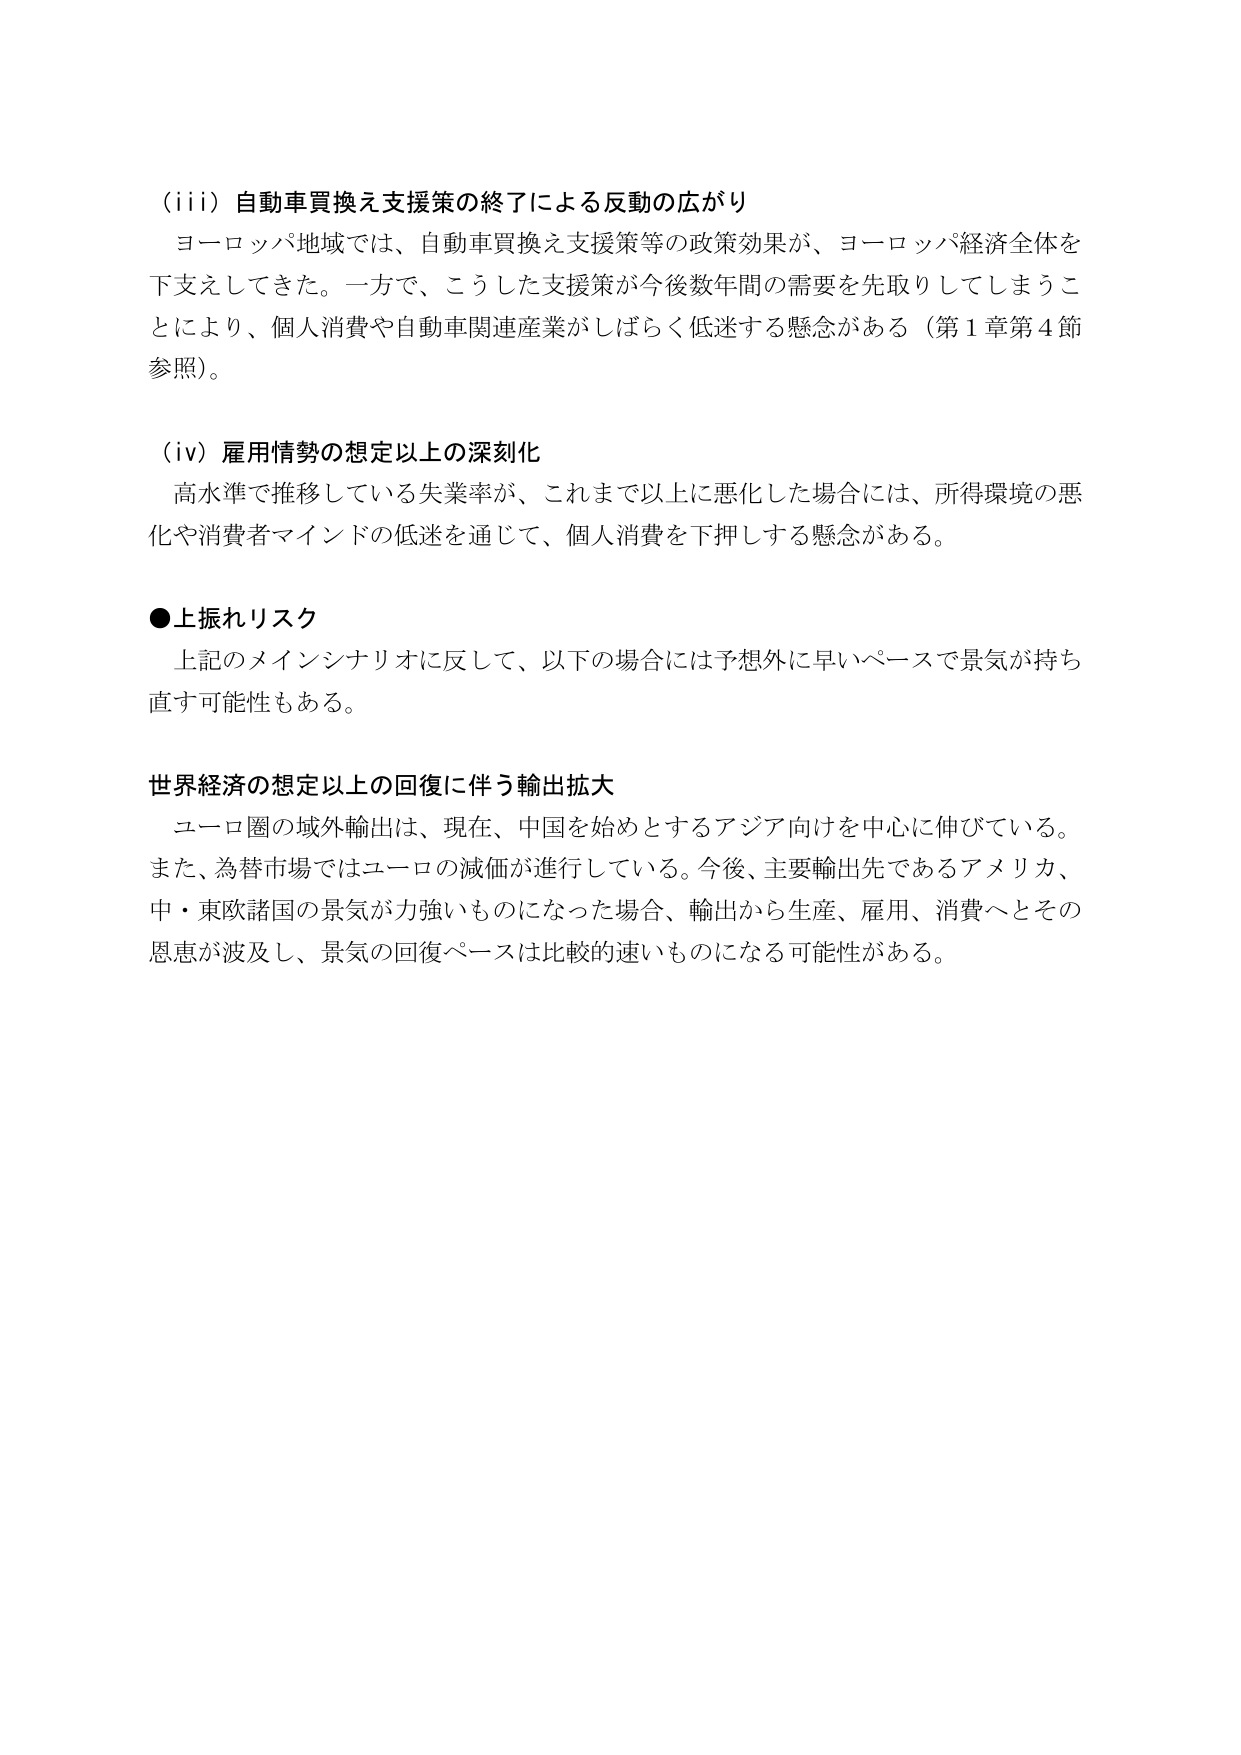
（iii）自動車買換え支援策の終了による反動の広がり
ヨーロッパ地域では、自動車買換え支援策等の政策効果が、ヨーロッパ経済全体を下支えしてきた。一方で、こうした支援策が今後数年間の需要を先取りしてしまうことにより、個人消費や自動車関連産業がしばらく低迷する懸念がある（第1章第4節参照）。

（iv）雇用情勢の想定以上の深刻化
高水準で推移している失業率が、これまで以上に悪化した場合には、所得環境の悪化や消費者マインドの低迷を通じて、個人消費を下押しする懸念がある。

●上振れリスク
上記のメインシナリオに反して、以下の場合には予想外に早いペースで景気が持ち直す可能性もある。

世界経済の想定以上の回復に伴う輸出拡大
ユーロ圏の域外輸出は、現在、中国を始めとするアジア向けを中心に伸びている。また、為替市場ではユーロの減価が進行している。今後、主要輸出先であるアメリカ、中・東欧諸国の景気が力強いものになった場合、輸出から生産、雇用、消費へとその恩恵が波及し、景気の回復ペースは比較的速いものになる可能性がある。